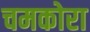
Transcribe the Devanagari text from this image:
चमकोरा